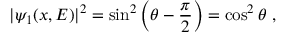
| \psi _ { 1 } ( x , E ) | ^ { 2 } = \sin ^ { 2 } \left( \theta - \frac { \pi } { 2 } \right) = \cos ^ { 2 } \theta \ ,